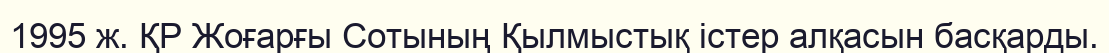
1995 ж. ҚР Жоғарғы Сотының Қылмыстық істер алқасын басқарды.